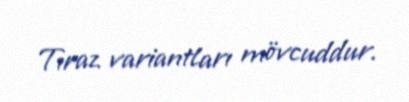
Tıraz variantları mövcuddur.